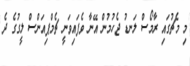
މި މެޗުގައި ރާމޯސް ލަނޑު ޖެހުމުން އޭނާ ވެފައިވަނީ ޗެމްޕިއަންސް ލީގުގެ ދެ